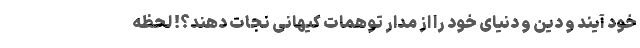
خود آیند و دین و دنیای خود را از مدار توهمات کیهانی نجات دهند؟! لحظه